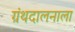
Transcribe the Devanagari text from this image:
ग्रंथदालनाला